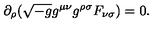
\partial _ { \rho } ( \sqrt { - g } g ^ { \mu \nu } g ^ { \rho \sigma } F _ { \nu \sigma } ) = 0 .